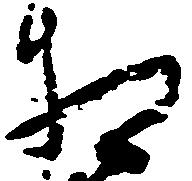
相